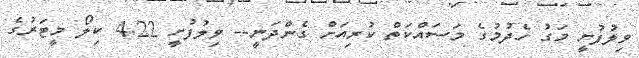
ވިލުފުށީ މަގު ހެދުމުގެ މަސައްކަތް ކުރިއަށް ގެންދަނީ-- ވިލުފުށީ 4.22 ކިލޯ މީޓަރުގެ